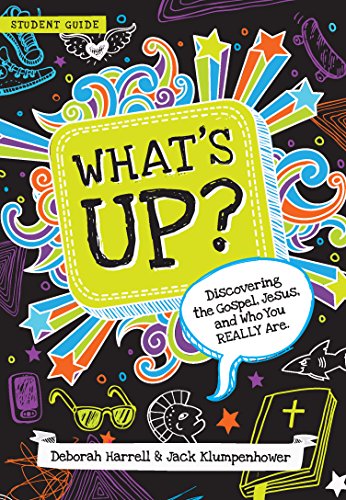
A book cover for What's Up: Discovering the Gospel, Jesus, and Who You Really Are (Student Guide); Deborah Harrell; Christian Books & Bibles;